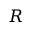
R